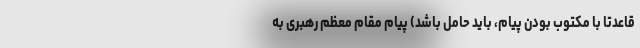
قاعدتا با مکتوب بودن پیام، باید حامل باشد) پیام مقام معظم رهبری به